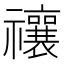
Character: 禳